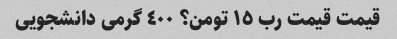
قیمت قیمت رب ١٥ تومن؟ ٤٠٠ گرمى دانشجویى